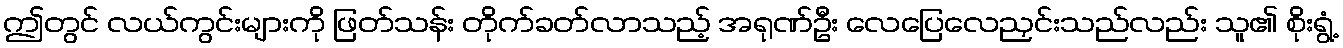
ဤတွင် လယ်ကွင်းများကို ဖြတ်သန်း တိုက်ခတ်လာသည့် အရုဏ်ဦး လေပြေလေညှင်းသည်လည်း သူ၏ စိုးရွံ့